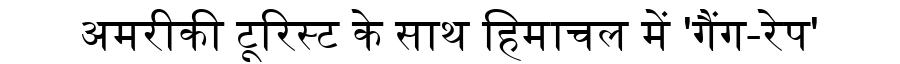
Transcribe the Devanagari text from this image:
अमरीकी टूरिस्ट के साथ हिमाचल में 'गैंग-रेप'